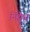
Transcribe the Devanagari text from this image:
निग्रेध